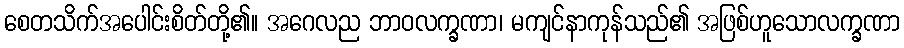
စေတသိက်အပေါင်းစိတ်တို့၏။ အဂေလည ဘာဝလက္ခဏာ၊ မကျင်နာကုန်သည်၏ အဖြစ်ဟူသောလက္ခဏာ